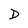
Character: D